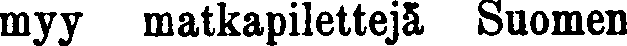
myy matkapilettejä Suomen